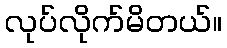
လုပ်လိုက်မိတယ်။